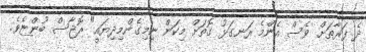
ދެ ފަރާތަށް ވެސް އެންމެ ރަނގަޅު ގޮތަށް މިކަން ނިމިގެންމިދިޔައީ" ރޮޖާސް ބުންޏެވެ.